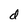
Character: d